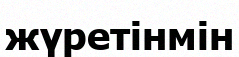
жүретінмін